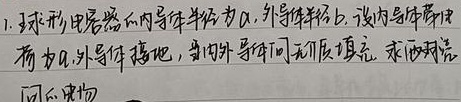
1. 球形电容器的内导体半径为$a$，外导体半径$b$. 设内导体带电荷为$q$,外导体接地，当内外导体间无介质填充，求两球壳间的电势.